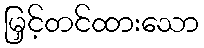
မြှင့်တင်ထားသော